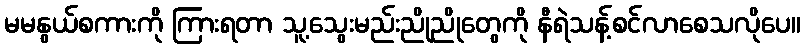
မမနွယ်စကားကို ကြားရတာ သူ့သွေးမည်းညိုညိုတွေကို နီရဲသန့်စင်လာစေသလိုပေ။